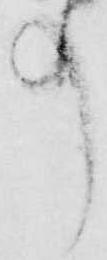
事